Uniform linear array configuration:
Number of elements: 16
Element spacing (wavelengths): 0.75
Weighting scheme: hamming
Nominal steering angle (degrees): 15
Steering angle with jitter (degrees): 16.313
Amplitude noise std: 0.05
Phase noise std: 0.05

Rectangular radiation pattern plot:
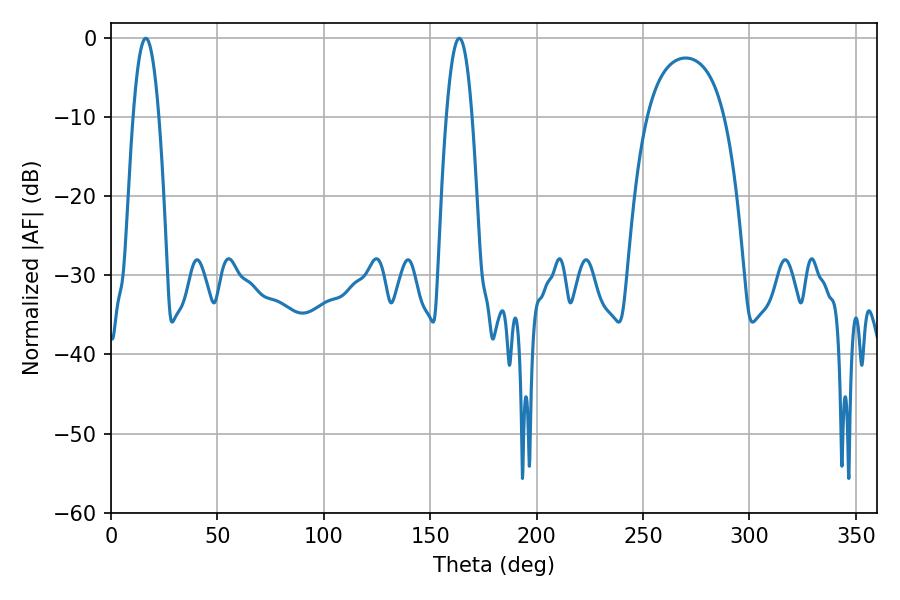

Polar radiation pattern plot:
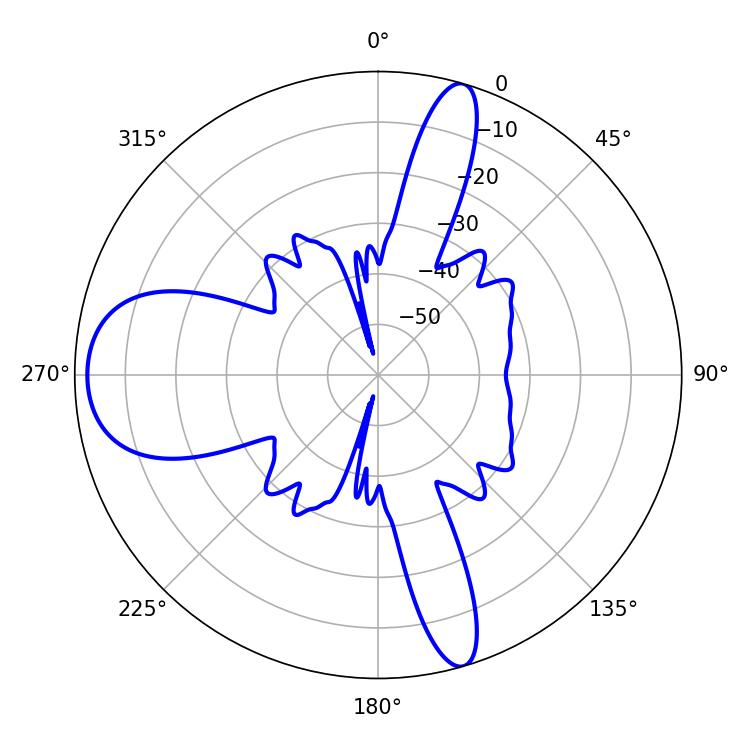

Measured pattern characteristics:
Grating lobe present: TRUE
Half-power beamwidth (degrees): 6.48
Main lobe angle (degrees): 16.38